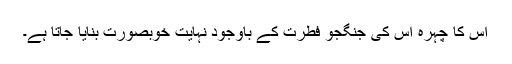
اس کا چہرہ اس کی جنگجو فطرت کے باوجود نہایت خوبصورت بنایا جاتا ہے۔